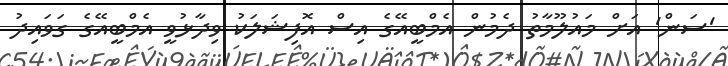
'ސަން' އަށް މައުލޫމާތު ދެމުން އެމްބީއޭގެ އިސް އޮފިޝަލަކު ވިދާޅުވީ އެމްބީއޭގެ ގަވައިދު